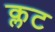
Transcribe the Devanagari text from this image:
क्लट